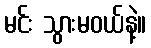
မင်း သွားမဝယ်နဲ့။